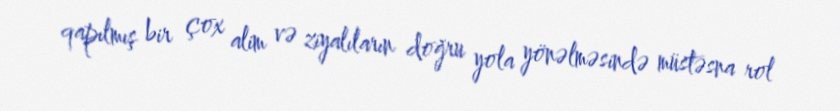
qapılmış bir çox alim və ziyalıların doğru yola yönəlməsində müstəsna rol